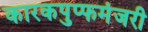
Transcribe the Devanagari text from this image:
कारकपुप्फमंजरी